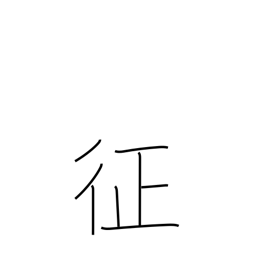
Meaning: subjugate